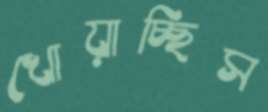
খোয়াচ্ছিস